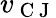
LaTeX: v_{\mathrm{~C~J~}}